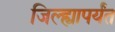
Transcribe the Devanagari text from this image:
जिल्ह्यापर्यंत